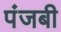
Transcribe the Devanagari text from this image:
पंजबी